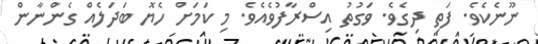
ނޫނެކެވެ. ފަތި ދިގެވެ. ވަގުތު އިސްރާފުވެއެވެ. މި ކަމަށް ހެޔޮ ބަދަލެއް ގެންނާން